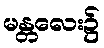
မန္တလေး၌